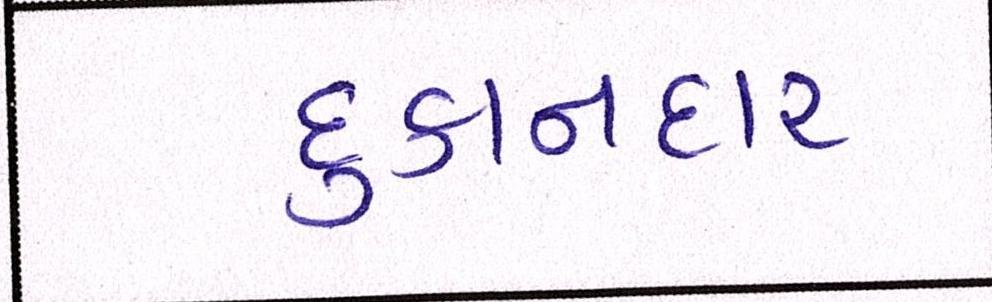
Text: દુકાનદાર